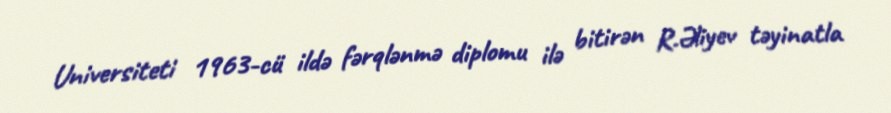
Universiteti 1963-cü ildə fərqlənmə diplomu ilə bitirən R.Əliyev təyinatla